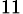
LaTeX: _{11}